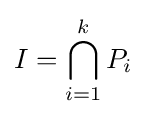
I=\bigcap _{i=1}^{k}P_{i}